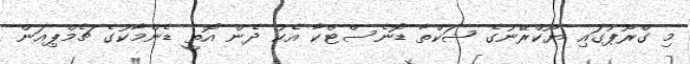
މި ގްރޫޕުގައި ޔޫކްރޭނުގެ ޝަކްތާ ޑޮނެސްޓްކާ އެކު ދެން އޮތީ ޑެންމާކުގެ ޗެމްޕިއަން